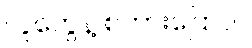
လူတွေနဲ့ စကားပြောပါ။